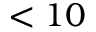
< 1 0